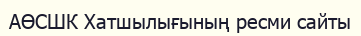
АӨСШК Хатшылығының ресми сайты